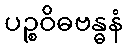
ပဉ္စဝိဓဗန္ဓနံ